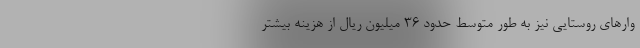
وارهای روستایی نیز به طور متوسط حدود ۳۶ میلیون ریال از هزینه بیشتر